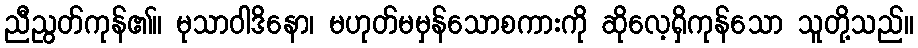
ညီညွတ်ကုန်၏။ မုသာဝါဒိနော၊ မဟုတ်မမှန်သောစကားကို ဆိုလေ့ရှိကုန်သော သူတို့သည်။